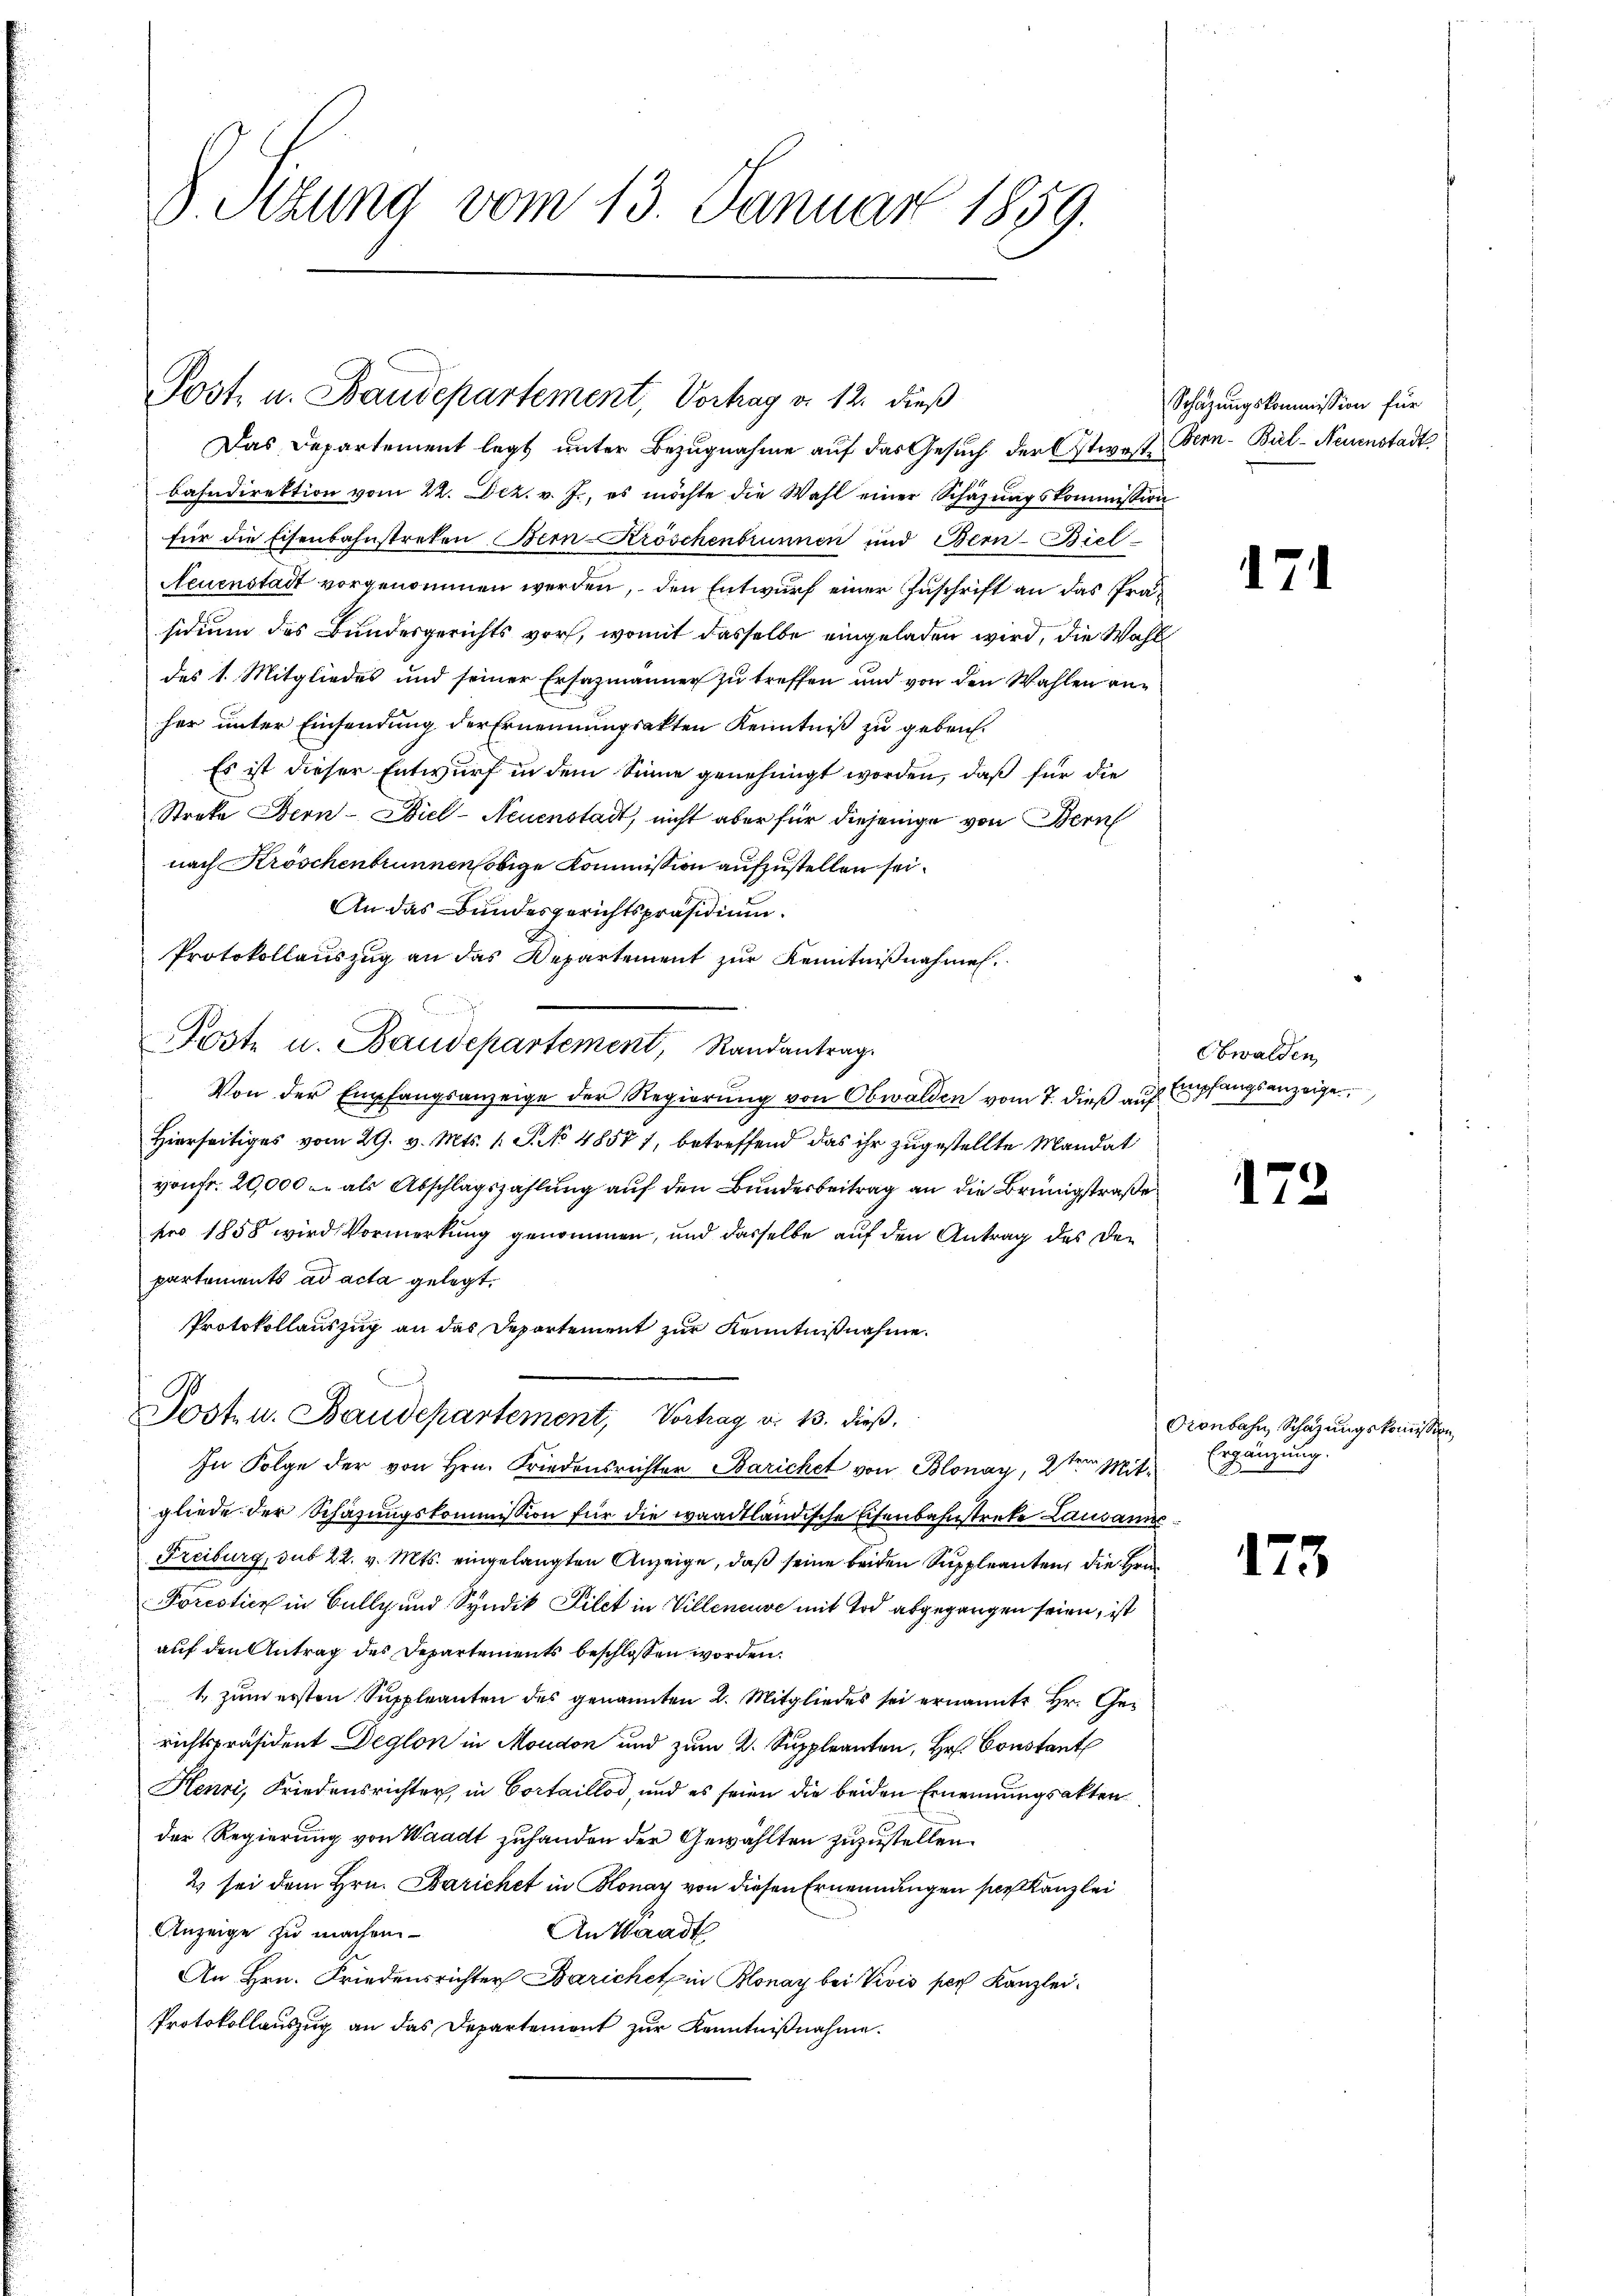
8 Stzung vom 13. Januar 1859.

Post u. Baudepartement, Vorhay d. 12. dieß

Das Departement legt unter Bezugnahme auf das Gesuch der Ostwas Bern-Bül-Neuenstadt
bahndirektion vom 22. Dez. v. J., es möchte die Wahl einer Schäzŭngskommission
für die Eisenbahnstreten Bern-Kröschenbrunnen und Bern-Biel
Neuenstadt vorgenommen werden, den Entwurf einer Zuschrift an das Präsidium des Bundesgerichts vor, womit dasselbe eingeladen wird, die Wahl
des 1. Mitgliedes und seiner Ersazmänner zu treffen und von den Wahlen anher unter Einsendung der Ernennungsakten Kenntniß zu geben.
Es ist dieser Entwurf in dem Sinne genehmigt worden, daß für die
Streke Bern-Biel-Neuenstadt, nicht aber für diejenige von Bern
nach Kröschenbrunnen obige Kommission aufzustellen sei.
An das Bundesgerichtspräsidium.
Protokollauszug an das Departement zur Kenntnißnahmen.
Poste u. Baudepartement, Randantrag.
Von der Empfangsanzeige der Regierung von Obwalden vom 7. dieß auf Empfangsanzeige
Hierseitiges vom 29. v. Mts. 1 S. No 48577, betreffend das ihr zugestellte Mandat
vonfr. 20,000 u. als Abschlagszahlung auf den Bundesbeitrag an die Brüngstraße
pro 1858 wird Vormerkung genommen, und dasselbe auf den Antrag des der
partements ad acta gelegt.
Protokollauszug an das Departement zur Kenntnißnahme.
Posten. Baudepartement, Vortrag v. 13. dieβ.
In Folge der von Hrn. Friedensrichter Berichet von Blonay, 2ten Mitgliede der Schazungskommission für die waadtländische Eisenbahnstreke Lausannes
Freiburg, sub 22. v. Mts. eingelangten Anzeige, daß seine beiden Suppleanten, die Hrn.
Forestier in Bully und Syndik Filet in Villeneuve mit Tod abgegangen seien, ist
auf den Antrag des Departements beschlossen worden.
1. zum ersten Suppleanten des genannten 2. Mitgliedes sei ernannte Hr. Gerichtspräsident Deglon in Moudon und zum 2. Suppleanten, Hr. Constant
Henri, Friedensrichter in Cortaillod, und es seien die beiden Ernennungsakten
der Regierung von Waadt zuhanden der Gewählten zuzustellen.
2) sei dem Hrn. Berichet in Bonay von diesen Ernennungen ser Kanzlei
Anzeige zu machen.
An Waadt
An Hrn. Friedensrichter Barichet in Blonay bei Vivis pers Kanzlei.
Protokollauszug an das Departement zur Kenntnißnahme.

Schazungskommission für

12

172

¬

Obwalden

Pronbahn, Schazungskommission
Ergänzung.

173